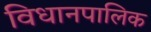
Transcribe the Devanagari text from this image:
विधानपालिक